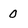
Character: 0